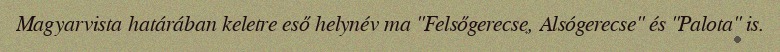
Magyarvista határában keletre eső helynév ma "Felsőgerecse, Alsógerecse" és "Palota" is.